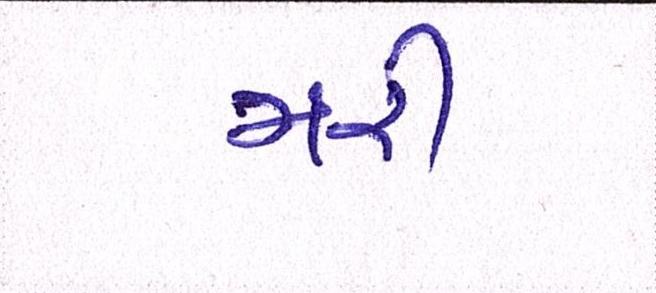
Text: મરી